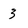
Character: 3